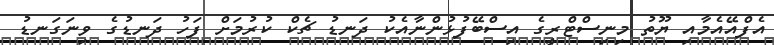
އެފްއޭއެމާއި ޔޫތު މިނިސްޓްރީގެ އިސްބޭފުޅުންނާއެކު ދަނޑު ޗެކް ކުރުމަށް ފަހު ދަނޑުގެ ވިނަގަނޑު